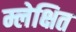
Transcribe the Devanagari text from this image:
म्लेक्षित